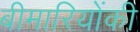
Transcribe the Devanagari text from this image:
बीमारियोंकी